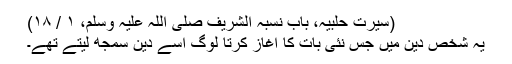
(سیرت حلبیہ، باب نسبہ الشریف صلی اللہ علیہ وسلم، ۱ / ۱۸)
یہ شخص دین میں جس نئی بات کا آغاز کرتا لوگ اسے دین سمجھ لیتے تھے۔